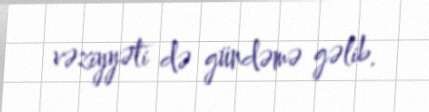
vəziyyəti də gündəmə gəlib.